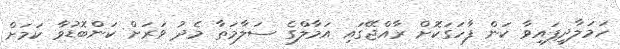
ހަމަލާދީފައިވާ ކަން ފާހަގަކޮށް ރާއްޖޭގައި އަމާލްގެ ސަލާމަތާ މެދު ވަރަށް ކަންބޮޑުވާ ކަމަށް